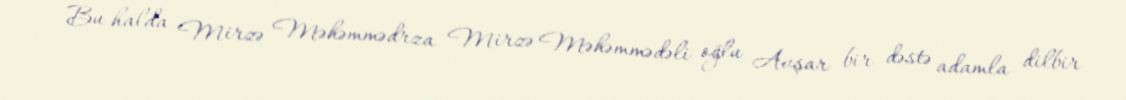
Bu halda Mirzə Məhəmmədrza Mirzə Məhəmmədəli oğlu Avşar bir dəstə adamla dilbir